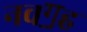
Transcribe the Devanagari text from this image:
नवॻह